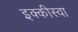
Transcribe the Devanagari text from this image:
इक्कीस्वा